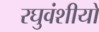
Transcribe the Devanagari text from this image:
रघुवंशीयों